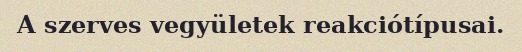
A szerves vegyületek reakciótípusai.